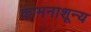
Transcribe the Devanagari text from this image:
कामनाशून्य